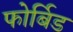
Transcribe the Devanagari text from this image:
फोर्बिड